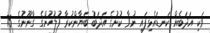
ވަކި އަދަބެއް ކަނޑައެޅިފައި ނުވާ ކުށުގެ އަދަބު ބަޔާންކުރާ ފުލުހުންގެ ގާނޫނުގެ 75